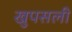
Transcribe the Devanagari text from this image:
खुपसली